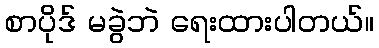
စာပိုဒ် မခွဲဘဲ ရေးထားပါတယ်။